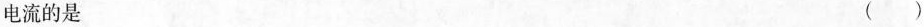
电流的是 ( )